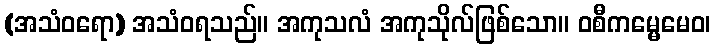
(အသံဝရော) အသံဝရသည်။ အကုသလံ အကုသိုလ်ဖြစ်သော။ ဝစီကမ္မေမေဝ၊